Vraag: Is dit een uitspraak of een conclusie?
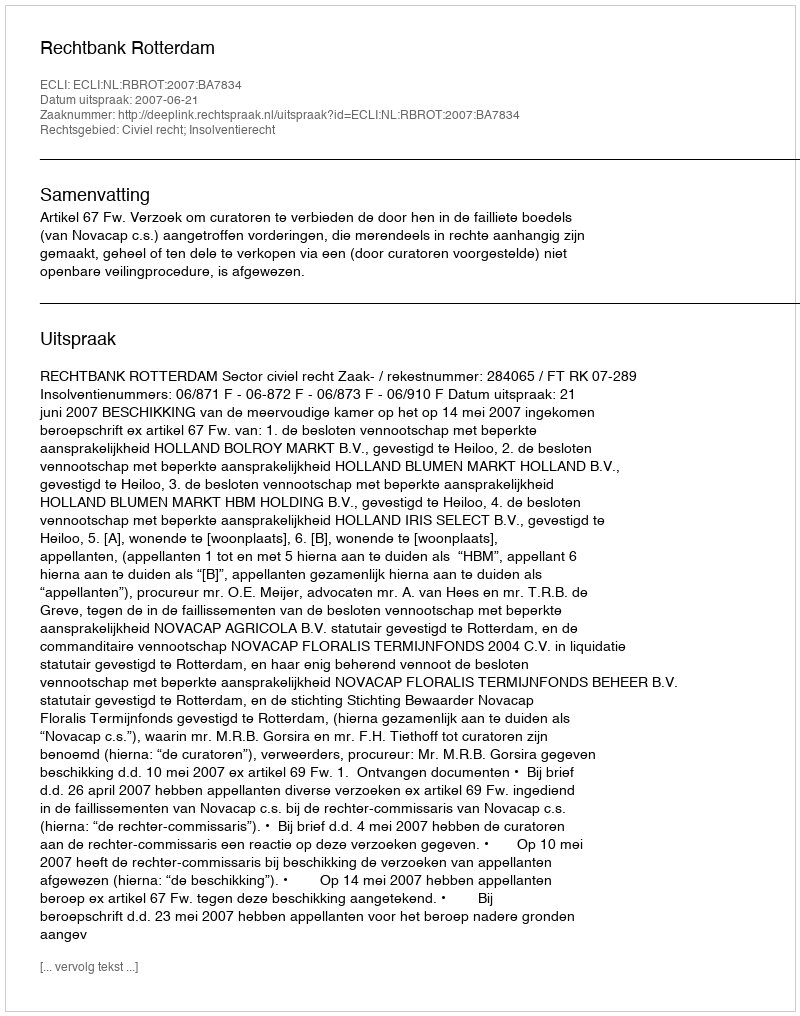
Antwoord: Uitspraak